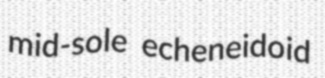
mid-sole echeneidoid